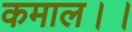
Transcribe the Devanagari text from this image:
कमाल।।